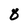
Character: 8